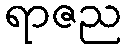
ရာဇည